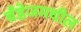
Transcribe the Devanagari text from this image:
बँडेजमधील